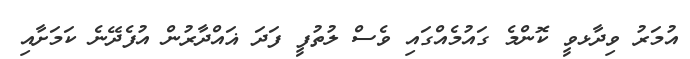
އުމަރު ވިދާޅވީ ކޮންމެ ގައުމެއްގައި ވެސް ލުތުފީ ފަދަ ޣައްދާރުން އުފެދޭނެ ކަމަށާއި